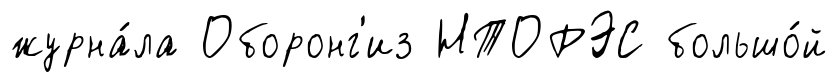
журна́ла Оборонг'из НТОРЭС большо́й